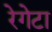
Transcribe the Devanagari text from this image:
रेगेटा